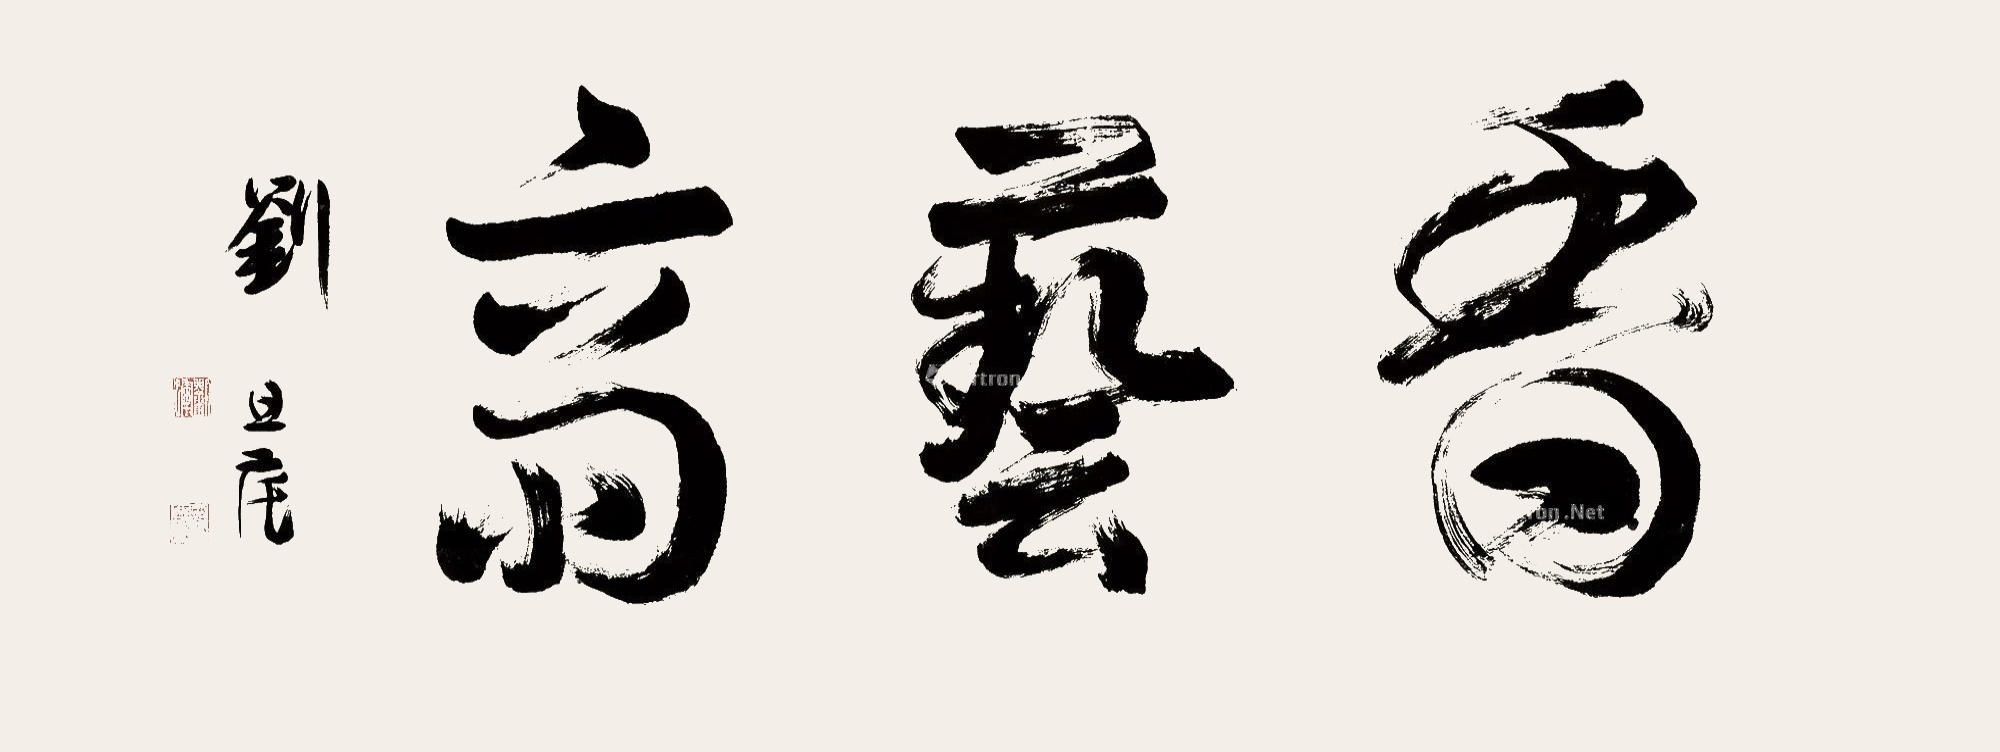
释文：香艺斋。刘旦宅。